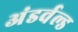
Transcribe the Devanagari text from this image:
अंडर्वल्ड